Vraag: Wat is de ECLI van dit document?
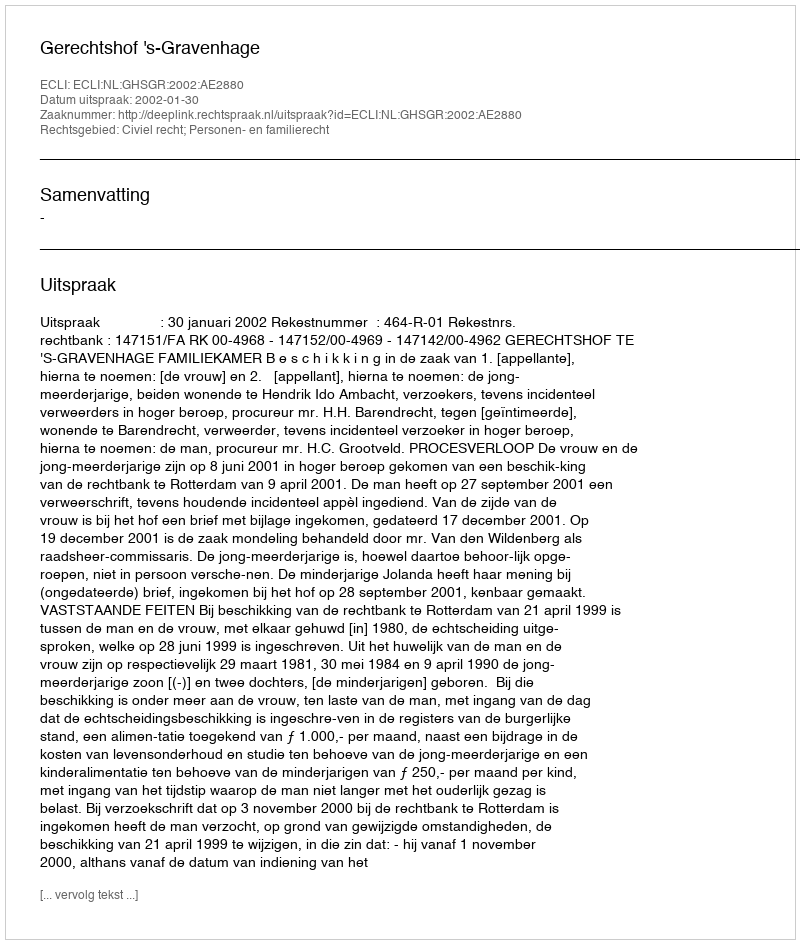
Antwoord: ECLI:NL:GHSGR:2002:AE2880